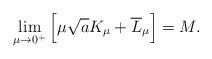
LaTeX: \begin{align*} \lim_{\mu\to 0^+}\Big[\mu\sqrt{a}K_{\mu}+\overline{L}_{\mu}\Big]=M. \end{align*}